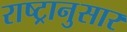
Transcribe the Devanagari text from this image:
राष्ट्रानुसार